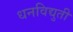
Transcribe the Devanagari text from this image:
धनविद्युती